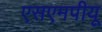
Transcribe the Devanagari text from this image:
एसएमपीयू